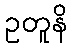
ဥတူနိ